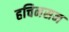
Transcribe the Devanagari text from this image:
हचिनसन